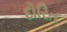
દોરિત